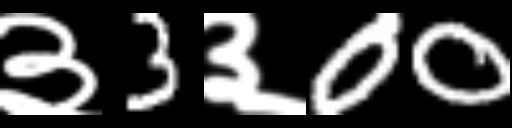
Text: ३3३00